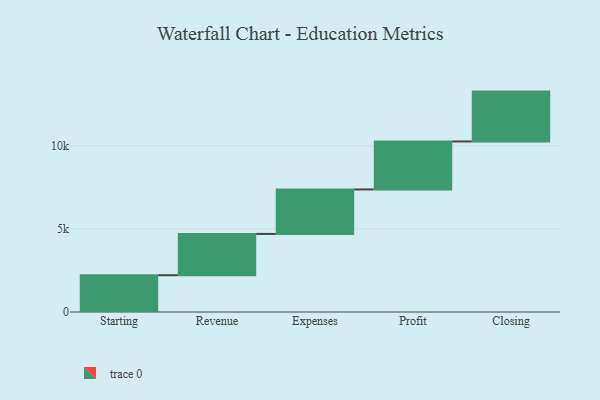
{"axis": {"x": "Step", "y": "Value"}, "legend": [""], "data": [{"x": "Starting", "y": 2213.0, "type": ""}, {"x": "Revenue", "y": 2484.0, "type": ""}, {"x": "Expenses", "y": 2676.0, "type": ""}, {"x": "Profit", "y": 2886.0, "type": ""}, {"x": "Closing", "y": 3000, "type": ""}]}